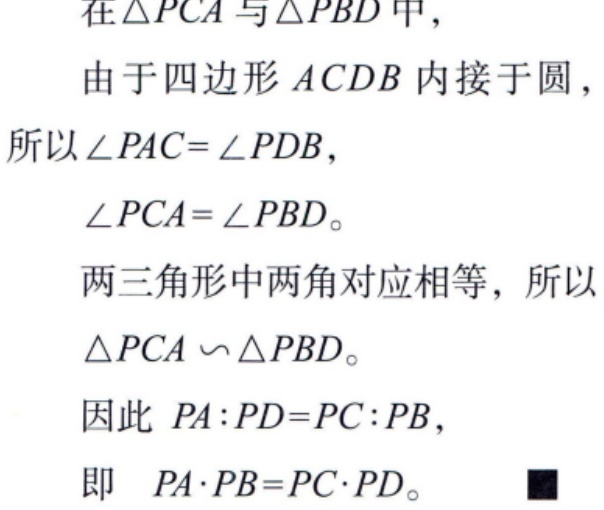
在\(\triangle PCA\)与\(\triangle PBD\)中，
由于四边形\(ACDB\)内接于圆，
所以\(\angle PAC = \angle PDB\)，
\(\angle PCA = \angle PBD\)。
两三角形中两角对应相等，所以
\(\triangle PCA\sim\triangle PBD\)。
因此 \(PA:PD = PC:PB\)，
即 \(PA\cdot PB = PC\cdot PD\)。